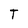
Character: T